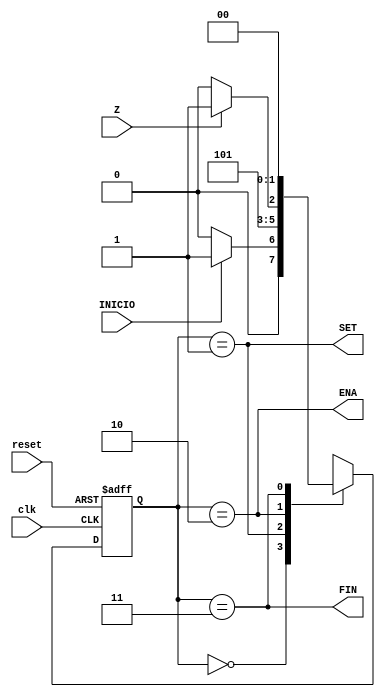
`timescale 1ns / 1ps
//////////////////////////////////////////////////////////////////////////////////
// Company: 
// Engineer: 
// 
// Design Name: 
// Module Name:    FSMContador 
// Project Name: 
// Target Devices: 
// Tool versions: 
// Description: 
//
// Dependencies: 
//
// Revision: 
// Revision 0.01 - File Created
// Additional Comments: 
//
//////////////////////////////////////////////////////////////////////////////////
module FSMContador(
    input INICIO,
    input Z,
	 input reset,
	 input clk,
    output wire  ENA,
    output wire SET,
    output wire FIN
    );
//Declaracion de las entradas
parameter[1:0] 

	S0 = 2'b00,
	S1 = 2'b01,
	S2 = 2'b10,
	S3 = 2'b11;
//Parametros locales utilizados para no tener que usar siempre la notacion binaria, y que
//y para permiti
reg [1:0] E_Presente, E_Siguiente;

//Combinacional de Salida
assign ENA = (E_Presente == S2);
assign SET = (E_Presente == S1);
assign FIN = (E_Presente == S3);

//Logica de la Maquina
always @(posedge clk, posedge reset)
	
	if (reset)
		E_Presente <= S0;
	else
		E_Presente <= E_Siguiente;


//Diagrama de Estados, descrito
always @*
	begin
		case (E_Presente)
			////////////////////////////////
			S0: begin
				if (INICIO)
					E_Siguiente <= S1;
				else
					E_Siguiente <= S0;
				end
			////////////////////////////////
			S1: begin	
					E_Siguiente <= S2;
				end
			/////////////////////////////////
			S2: begin
					if (Z)
						E_Siguiente <= S3;
					else
						E_Siguiente <= S2;
				  end
			/////////////////////////////////
			S3: begin
			
					E_Siguiente <= S0;

				end
		endcase
	end





//
//assign Q0 = (E_Presente == S1)&&(E_Presente == S3);
//assign Q1 = (E_Presente == S0);

endmodule